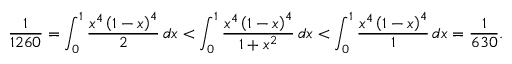
{ \frac { 1 } { 1 2 6 0 } } = \int _ { 0 } ^ { 1 } { \frac { x ^ { 4 } \left( 1 - x \right) ^ { 4 } } { 2 } } \, d x < \int _ { 0 } ^ { 1 } { \frac { x ^ { 4 } \left( 1 - x \right) ^ { 4 } } { 1 + x ^ { 2 } } } \, d x < \int _ { 0 } ^ { 1 } { \frac { x ^ { 4 } \left( 1 - x \right) ^ { 4 } } { 1 } } \, d x = { \frac { 1 } { 6 3 0 } } .